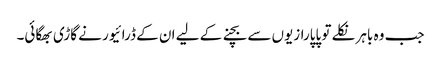
جب وہ باہر نکلے تو پاپارازیوں سے بچنے کے لیے ان کے ڈرائیور نے گاڑی بھگائی۔